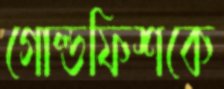
গোল্ডফিশকে